Report of the Municipal Commissioner on the plague in Bombay for the year ending 31st May... - Volume 3
Disease focus: Plague
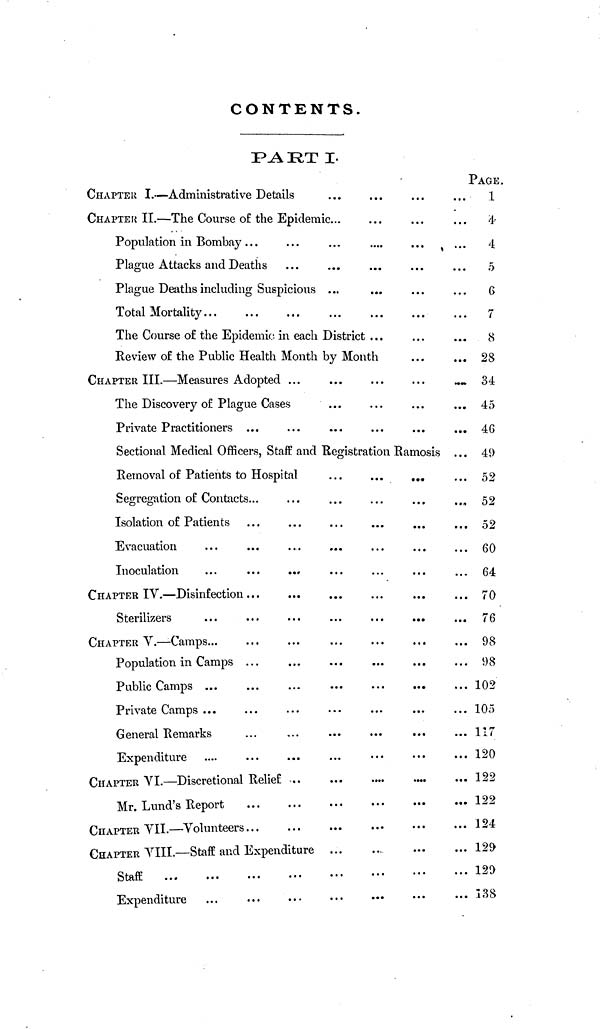
CONTENTS.
PART I.
CHAPTER I.—Administrative Details
CHAPTER II.—The Course of the Epidemic
Population in Bombay
Plague Attacks and Deaths
Plague Deaths including Suspicious ...
Total Mortality
The Course of the Epidemic, in each District ...
Review of the Public Health Month by Month
CHAPTER III.—Measures Adopted ...
The Discovery of Plague Cases
Private Practitioners ...
Sectional Medical Officers, Staff and Registration Ramosis ...
Removal of Patients to Hospital
...
... ...
Segregation of Contacts...
Isolation of Patients
Evacuation
Inoculation
CHAPTER IV.—Disinfection
Sterilizers
CHAPTER V.—Camps
Population in Camps ...
Public Camps
Private Camps ...
General Remarks
Expenditure
CHAPTER VI.—Discretional Relief ..
Mr. Lund's Report
CHAPTER VII.—Volunteers
CHAPTER VIII.—Staff and Expenditure
Staff
Expenditure
PAGE.
1
4
4
5
6
7
8
28
34
45
46
49
52
52
52
60
64
70
76
98
98
102
105
117
120
122
122
124
129
129
138